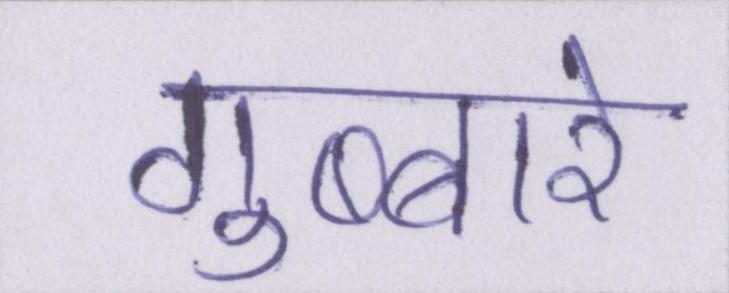
गुब्बारे